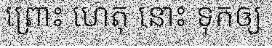
ព្រោះ ហេតុ នោះ ទុកឲ្យ